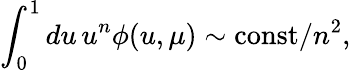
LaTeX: \int_{0}^{1}du\, u^{n}\phi(u,\mu)\sim\mathrm{const}/n^{2},